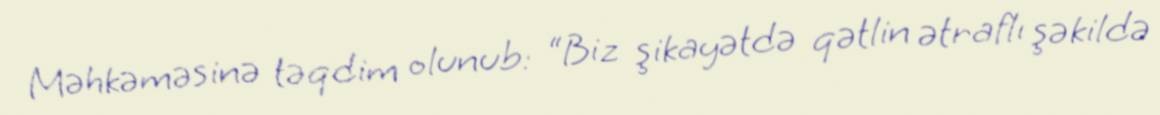
Məhkəməsinə təqdim olunub: “Biz şikayətdə qətlin ətraflı şəkildə